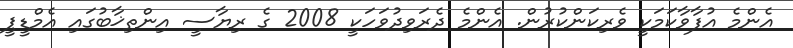
އެންމެ އުފާވާކަމަކީ ވެރިކަންކުރުން. އެންމެ ދެރަވިދުވަހަކީ 2008 ގެ ރިޔާސީ އިންތިޚާބުގައި އެމްޑީޕީ